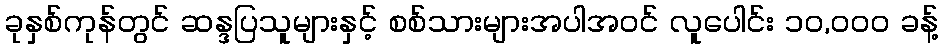
ခုနှစ်ကုန်တွင် ဆန္ဒပြသူများနှင့် စစ်သားများအပါအဝင် လူပေါင်း ၁၀,၀၀၀ ခန့်